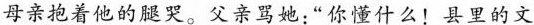
母亲抱着他的腿哭。父亲骂她:“你懂什么!县里的文